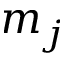
m _ { j }